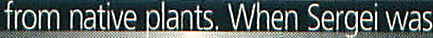
from native plants. When Sergei was